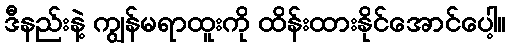
ဒီနည်းနဲ့ ကျွန်မရာထူးကို ထိန်းထားနိုင်အောင်ပေါ့။